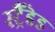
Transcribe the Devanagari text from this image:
स्ट्रैंडेड